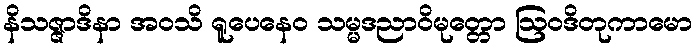
နိသဇ္ဇာဒိနာ အဝသိ ရူပေနေဝ သမ္မဒညာဝိမုတ္တော ဩဝဒိတုကာမော